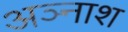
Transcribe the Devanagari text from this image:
अञ्नाश